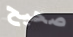
صحيح